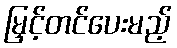
မြှင့်တင်ပေးမည့်